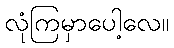
လုံကြမှာပေါ့လေ။